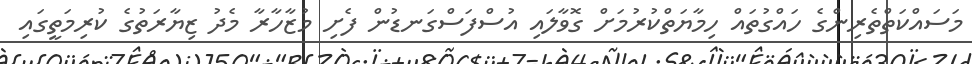
މަސައްކަތްތެރިންގެ ހައްގުތައް ހިމާޔަތްކުރުމަށް ގޮވާލައި އުސްފަސްގަނޑުން ފެށި މުޒާހާރާ މެދު ޒިޔާރަތުގެ ކުރިމަތީގައި